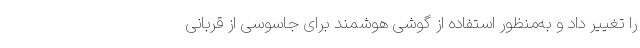
را تغییر داد و به‌منظور استفاده از گوشی هوشمند برای جاسوسی از قربانی